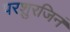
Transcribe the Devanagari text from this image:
परशुरजिनं